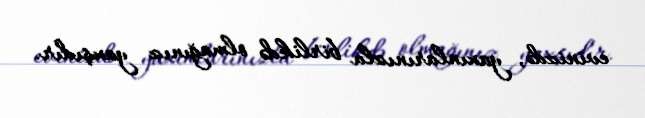
evinizdə, yaxınlarınızla birlikdə olmağınız yaxşıdır.